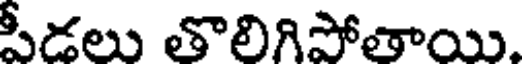
పీడలు తొలిగిపోతాయి.